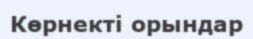
Көрнекті орындар